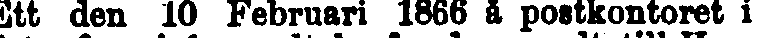
Ett den 10 Februari 1866 å postkontoret i